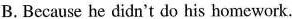
B.Because be didn't do his homework.